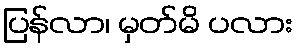
ပြန်လာ၊ မှတ်မိ ပလား